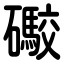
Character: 礮